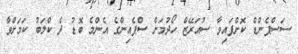
ސަސްޕެންޑް ކޮށްފައިވާ ސުއަރޭޒް ހޯދުމަށް ސްޕެއިންގެ އެންމެ ބޮޑު ދެ ކްލަބު ކަމަށްވާ